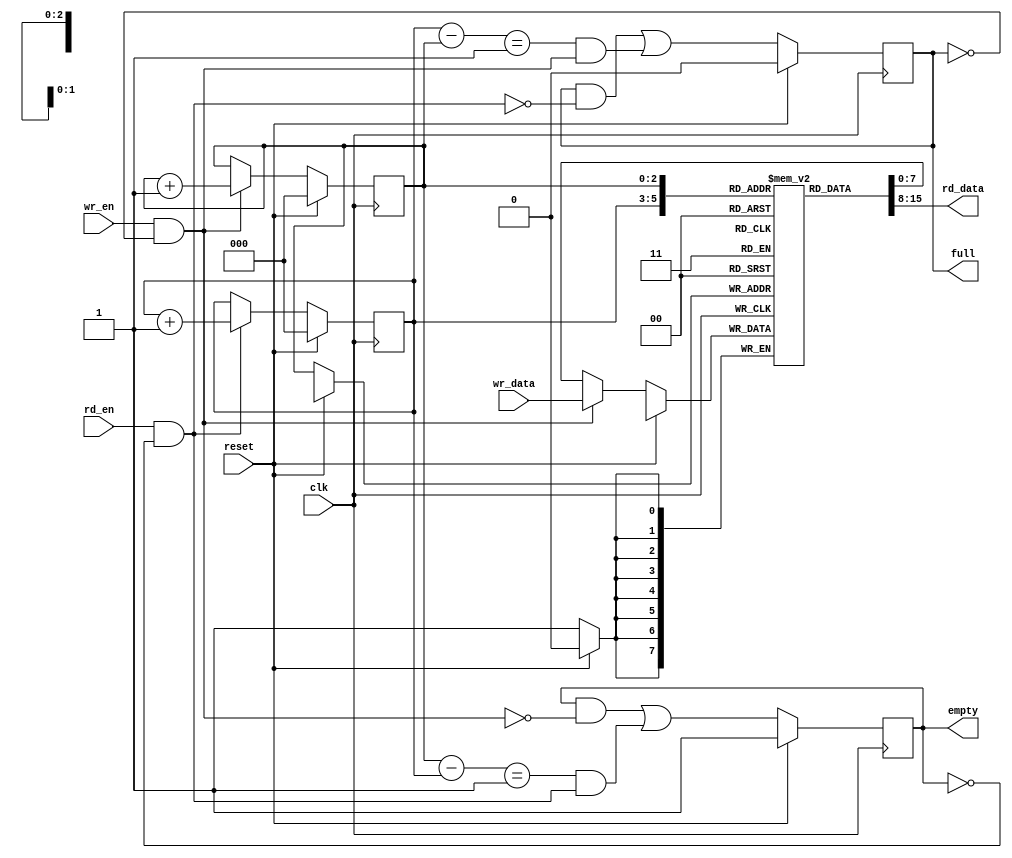
/***************************************************************************************************
*
*  Copyright (c) 2012, Brian Bennett
*  All rights reserved.
*
*  Redistribution and use in source and binary forms, with or without modification, are permitted
*  provided that the following conditions are met:
*
*  1. Redistributions of source code must retain the above copyright notice, this list of conditions
*     and the following disclaimer.
*  2. Redistributions in binary form must reproduce the above copyright notice, this list of
*     conditions and the following disclaimer in the documentation and/or other materials provided
*     with the distribution.
*
*  THIS SOFTWARE IS PROVIDED BY THE COPYRIGHT HOLDERS AND CONTRIBUTORS "AS IS" AND ANY EXPRESS OR
*  IMPLIED WARRANTIES, INCLUDING, BUT NOT LIMITED TO, THE IMPLIED WARRANTIES OF MERCHANTABILITY AND
*  FITNESS FOR A PARTICULAR PURPOSE ARE DISCLAIMED. IN NO EVENT SHALL THE COPYRIGHT OWNER OR
*  CONTRIBUTORS BE LIABLE FOR ANY DIRECT, INDIRECT, INCIDENTAL, SPECIAL, EXEMPLARY, OR CONSEQUENTIAL
*  DAMAGES (INCLUDING, BUT NOT LIMITED TO, PROCUREMENT OF SUBSTITUTE GOODS OR SERVICES; LOSS OF USE,
*  DATA, OR PROFITS; OR BUSINESS INTERRUPTION) HOWEVER CAUSED AND ON ANY THEORY OF LIABILITY,
*  WHETHER IN CONTRACT, STRICT LIABILITY, OR TORT (INCLUDING NEGLIGENCE OR OTHERWISE) ARISING IN ANY
*  WAY OUT OF THE USE OF THIS SOFTWARE, EVEN IF ADVISED OF THE POSSIBILITY OF SUCH DAMAGE.
*
*  Circular first in first out buffer implementation.
***************************************************************************************************/

module fifo
#(
  parameter DATA_BITS = 8,
  parameter ADDR_BITS = 3
)
(
  input  wire                 clk,      // 50MHz system clock
  input  wire                 reset,    // Reset signal
  input  wire                 rd_en,    // Read enable, pop front of queue
  input  wire                 wr_en,    // Write enable, add wr_data to end of queue
  input  wire [DATA_BITS-1:0] wr_data,  // Data to be written on wr_en
  output wire [DATA_BITS-1:0] rd_data,  // Current front of fifo data
  output wire                 full,     // FIFO is full (writes invalid)
  output wire                 empty     // FIFO is empty (reads invalid)
);

reg  [ADDR_BITS-1:0] q_rd_ptr;
wire [ADDR_BITS-1:0] d_rd_ptr;
reg  [ADDR_BITS-1:0] q_wr_ptr;
wire [ADDR_BITS-1:0] d_wr_ptr;
reg                  q_empty;
wire                 d_empty;
reg                  q_full;
wire                 d_full;

reg  [DATA_BITS-1:0] q_data_array [2**ADDR_BITS-1:0];
wire [DATA_BITS-1:0] d_data;

wire rd_en_prot;
wire wr_en_prot;

// FF update logic.  Synchronous reset.
always @(posedge clk)
  begin
    if (reset)
      begin
        q_rd_ptr <= 0;
        q_wr_ptr <= 0;
        q_empty  <= 1'b1;
        q_full   <= 1'b0;
      end
    else
      begin
        q_rd_ptr               <= d_rd_ptr;
        q_wr_ptr               <= d_wr_ptr;
        q_empty                <= d_empty;
        q_full                 <= d_full;
        q_data_array[q_wr_ptr] <= d_data;
      end
  end

// Derive "protected" read/write signals.
assign rd_en_prot = (rd_en && !q_empty);
assign wr_en_prot = (wr_en && !q_full);

// Handle writes.
assign d_wr_ptr = (wr_en_prot)  ? q_wr_ptr + 1'h1 : q_wr_ptr;
assign d_data   = (wr_en_prot)  ? wr_data         : q_data_array[q_wr_ptr];

// Handle reads.
assign d_rd_ptr = (rd_en_prot)  ? q_rd_ptr + 1'h1 : q_rd_ptr;

wire [ADDR_BITS-1:0] addr_bits_wide_1;
assign addr_bits_wide_1 = 1;

// Detect empty state:
//   1) We were empty before and there was no write.
//   2) We had one entry and there was a read.
assign d_empty = ((q_empty && !wr_en_prot) ||
                  (((q_wr_ptr - q_rd_ptr) == addr_bits_wide_1) && rd_en_prot));

// Detect full state:
//   1) We were full before and there was no read.
//   2) We had n-1 entries and there was a write.
assign d_full  = ((q_full && !rd_en_prot) ||
                  (((q_rd_ptr - q_wr_ptr) == addr_bits_wide_1) && wr_en_prot));

// Assign output signals to appropriate FFs.
assign rd_data = q_data_array[q_rd_ptr];
assign full    = q_full;
assign empty   = q_empty;

endmodule